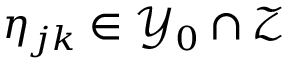
\eta _ { j k } \in \mathcal { Y } _ { 0 } \cap \mathcal { Z }